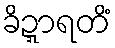
ခိဍ္ဍာရတိံ